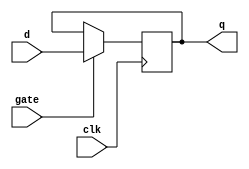
module Gated_D_Latch_Flip_Flop (
    input d, // Data input
    input clk, // Clock input
    input gate, // Gating input
    output reg q // Output
);

always @(posedge clk) begin
    if (gate) begin
        q <= d;
    end
end

endmodule